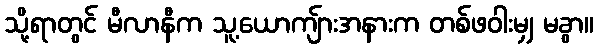
သို့ရာတွင် မီလာနီက သူ့ယောကျ်ားအနားက တစ်ဖဝါးမျှ မခွာ။